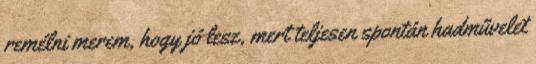
remélni merem, hogy jó lesz, mert teljesen spontán hadművelet